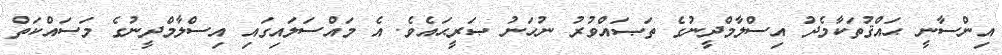
އިންސާނީ ޙައްޤުތަކާމެދު އިސްލާމްދީނުގެ ތަޞައްވުރު ނުހަނު ޞަރީޙައެވެ. އެ މައްސަލައިގައި އިސްލާމްދީނުގެ މަސައްކަތް